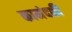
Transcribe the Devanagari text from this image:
कामंदकी